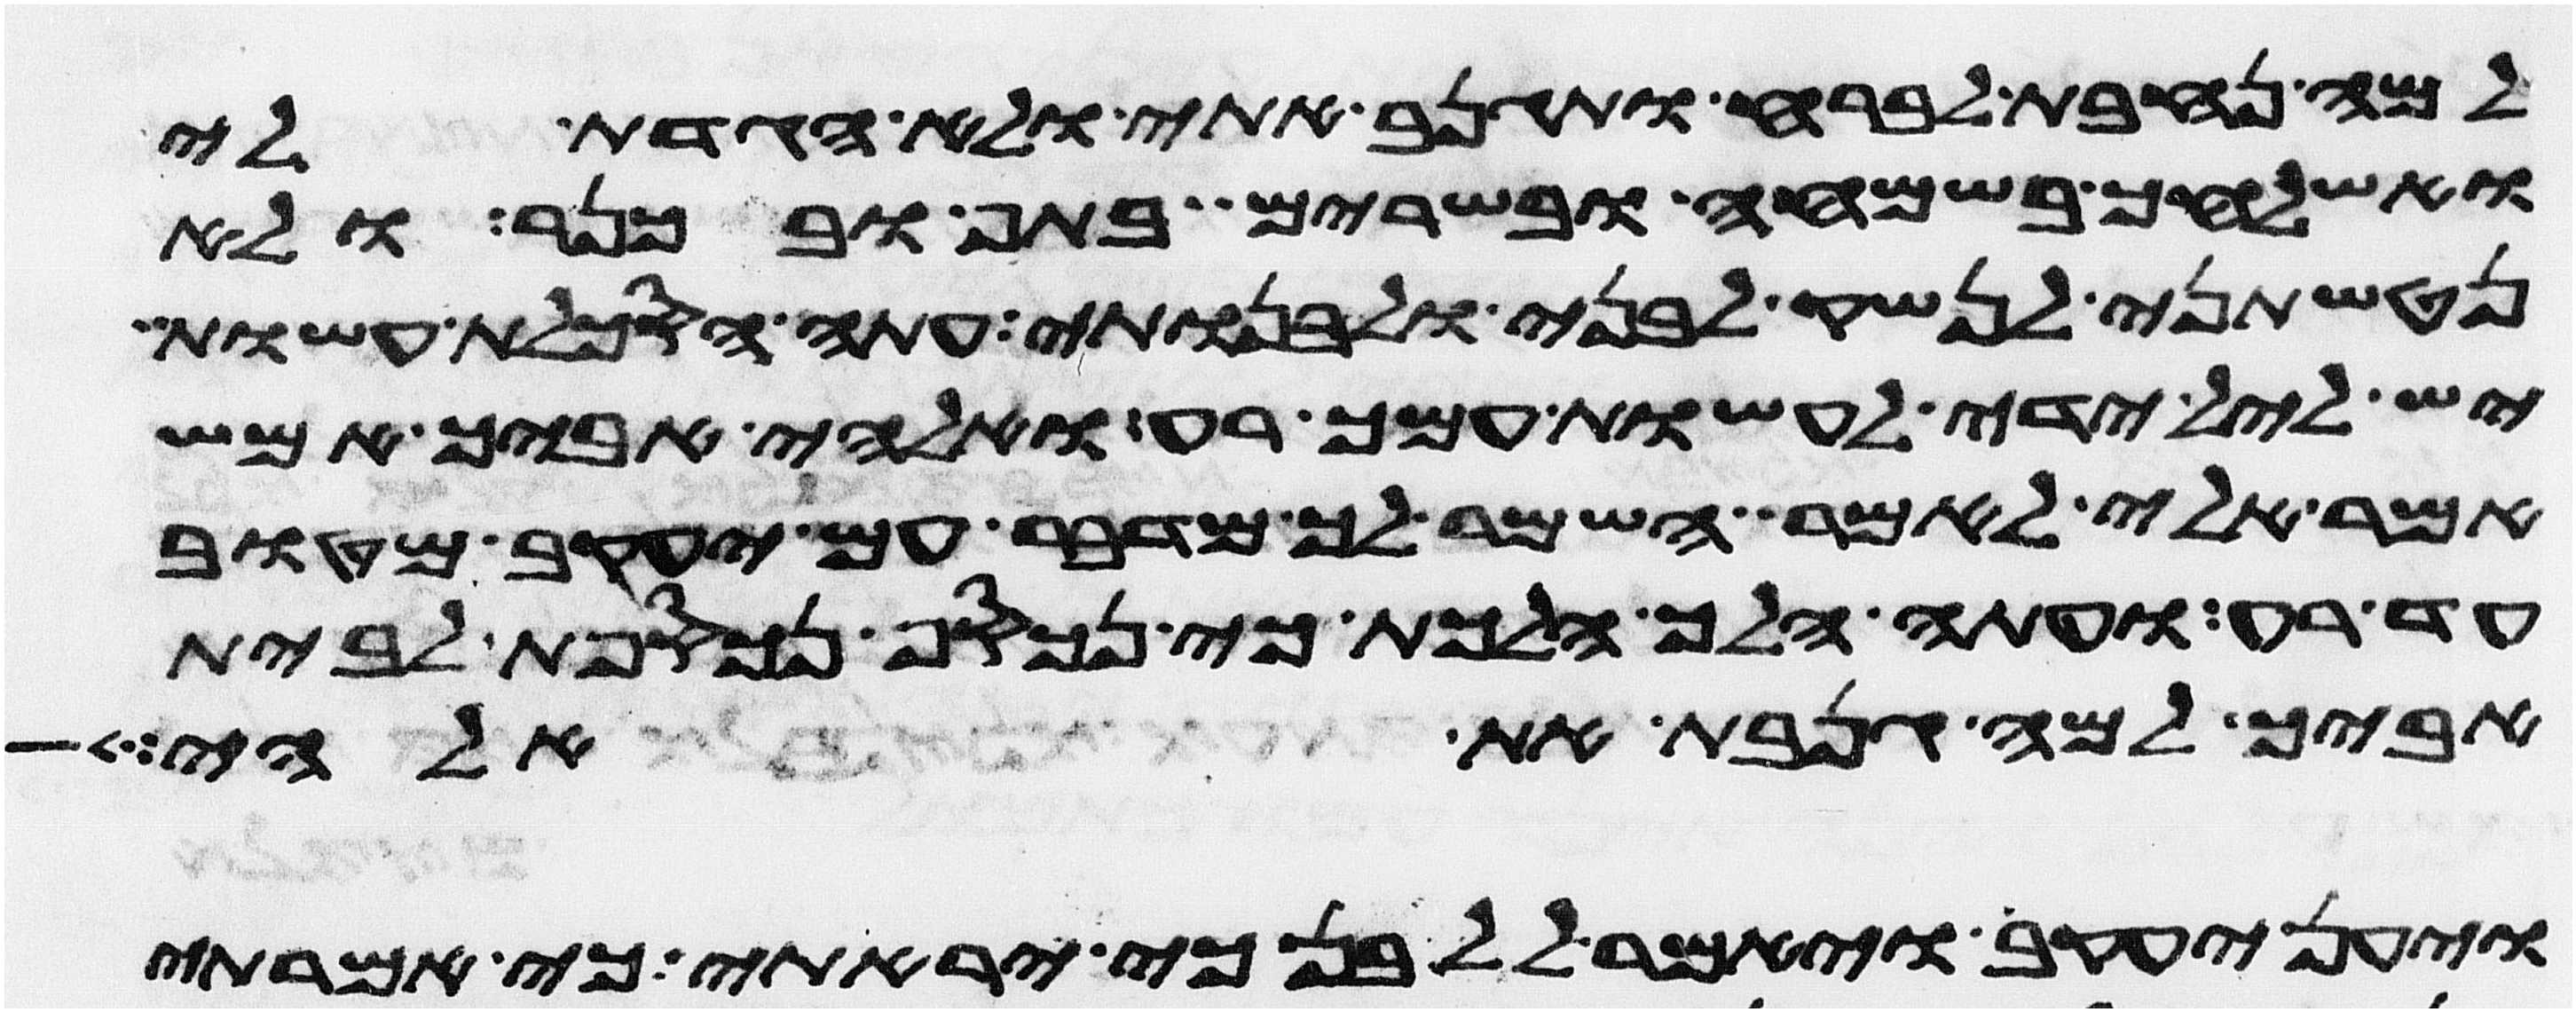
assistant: למה נחבת לברח ותגנב אתי ולא הגדת לי
ואשלחך בשמחה בשרים בתף ובכנר ולא
נטשתני לנשק לבני ולבנותי עתה הסכלת עשות
יש לאל ידי לעשות עמך רע ואלהי אביך אמש
אמר אלי לאמר השמר לך מדבר עם יעקב מטוב
עד רע ועתה הלך הלכת כי נכסף נכספת לבית
אביך למה גנבת את אלהי
ויען יעקב ויאמר ללבן כי יראתי כי אמרתי